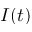
I ( t )